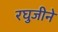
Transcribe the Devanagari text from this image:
रघुजीने